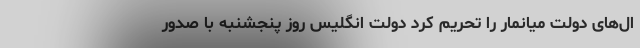
ال‌های دولت میانمار را تحریم کرد دولت انگلیس روز پنجشنبه با صدور